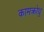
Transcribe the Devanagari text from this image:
कामक्रोधु